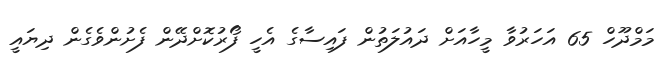
މަމްދޫހް 65 އަހަރުވާ މީހާއަަށް ދައުލަތުން ފައިސާގެ އެހީ ފޯރުކޮށްދޭން ފެށުންވެގެން ދިޔައީ